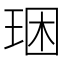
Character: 𤥳